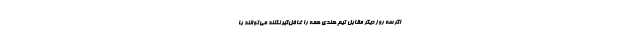
اگر سه روز دیگر مقابل تیم هندی همه را غافل‌گیر نکنند می‌توانند با